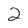
Character: 2